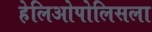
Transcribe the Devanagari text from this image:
हेलिओपोलिसला